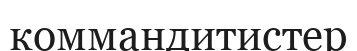
коммандитистер